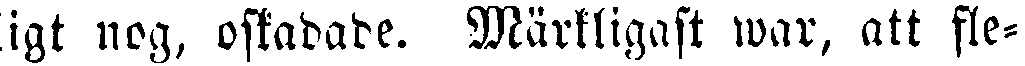
ligt nog, oskadade. Märkligast war, att fle-